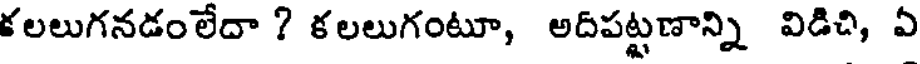
కలలుగనడంలేదా ? కలలుగంటూ, అదిపట్టణాన్ని విడిచి, ఏ